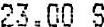
23.00 S